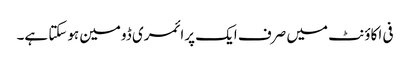
فی اکاؤنٹ میں صرف ایک پرائمری ڈومین ہوسکتا ہے۔